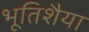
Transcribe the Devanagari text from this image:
भूतिशैया